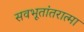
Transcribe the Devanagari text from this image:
सवभूतांतरात्मा